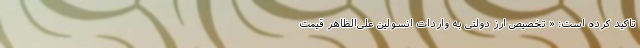
تاکید کرده است: « تخصیص ارز دولتی به واردات انسولین علی‌الظاهر قیمت